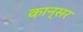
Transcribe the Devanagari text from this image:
कान्सर